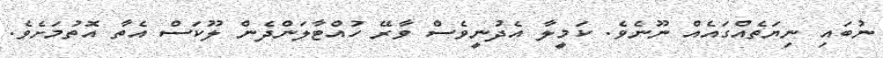
ނުބައި ނިޔަތެއްގައެއް ނޫނެވެ. ކަމީލާ އެދުނީވެސް ވާރޭ ހުއްޓާލަންދެން ލޫކަސް އެތާ އޮތުމަށެވެ.